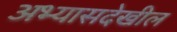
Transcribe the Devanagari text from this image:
अभ्यासदेखील